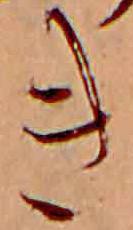
き